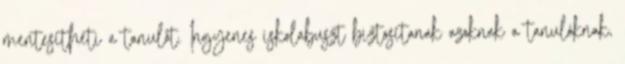
mentesítheti a tanulót. Ingyenes iskolabuszt biztosítanak azoknak a tanulóknak,